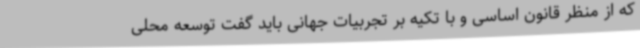
که از منظر قانون اساسی و با تکیه بر تجربیات جهانی باید گفت توسعه محلی